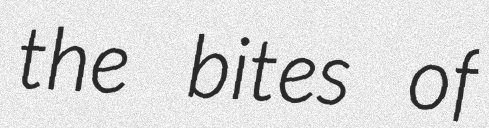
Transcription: the bites of